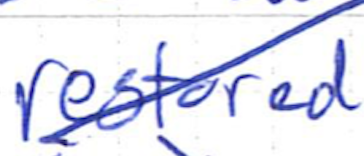
Text: restored
Cross-out: mix
Writing tool: ballpoint